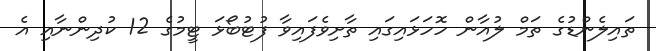
ތައިލެންޑުގެ ތަމް ލުއާން ހޮހަޅައިގައި ތާށިވެފައިވާ ފުޓުބޯޅަ ޓީމުގެ 12 ކުދިންނާއި އެ